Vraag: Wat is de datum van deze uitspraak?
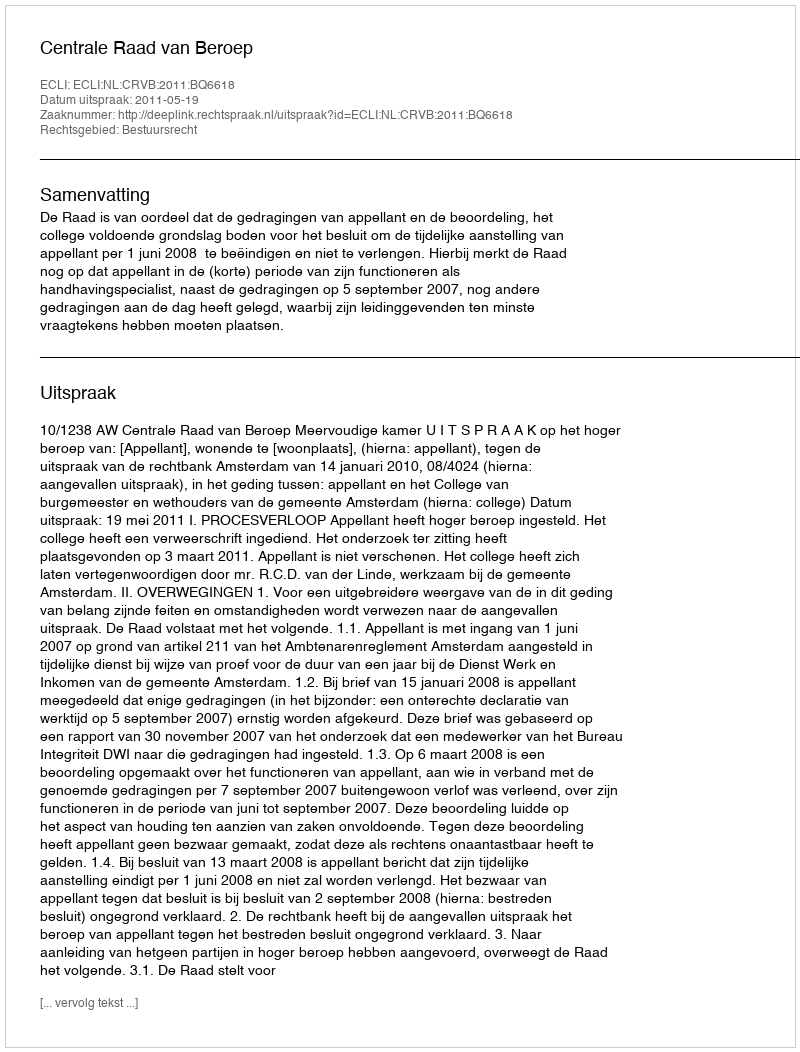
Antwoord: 2011-05-19